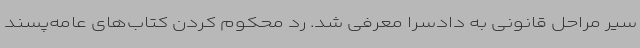
سیر مراحل قانونی به دادسرا معرفی شد. رد محکوم کردن کتاب‌های عامه‌پسند